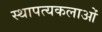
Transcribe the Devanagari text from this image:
स्थापत्यकलाओं